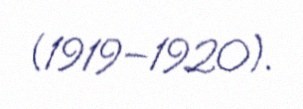
(1919–1920).